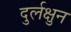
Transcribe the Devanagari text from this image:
दुर्लक्षुन